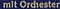
mit Orchester